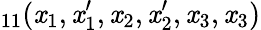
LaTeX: _{11}(\mathit{x}_{1},\mathit{x}_{1}^{\prime},\mathit{x}_{2},\mathit{x}_{2}^{\prime},\mathit{x}_{3},\mathit{x}_{3})